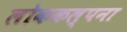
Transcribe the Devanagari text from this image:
लोककल्पना